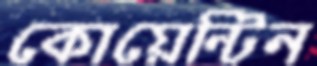
কোয়েন্টিন